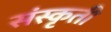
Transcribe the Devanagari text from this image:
संस्कृती